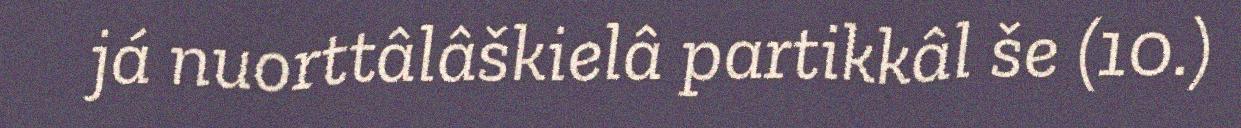
já nuorttâlâškielâ partikkâl še (10.)